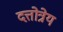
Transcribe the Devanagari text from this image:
दत्तोत्रेय